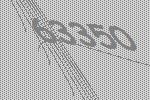
63350